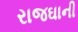
રાજઘાની